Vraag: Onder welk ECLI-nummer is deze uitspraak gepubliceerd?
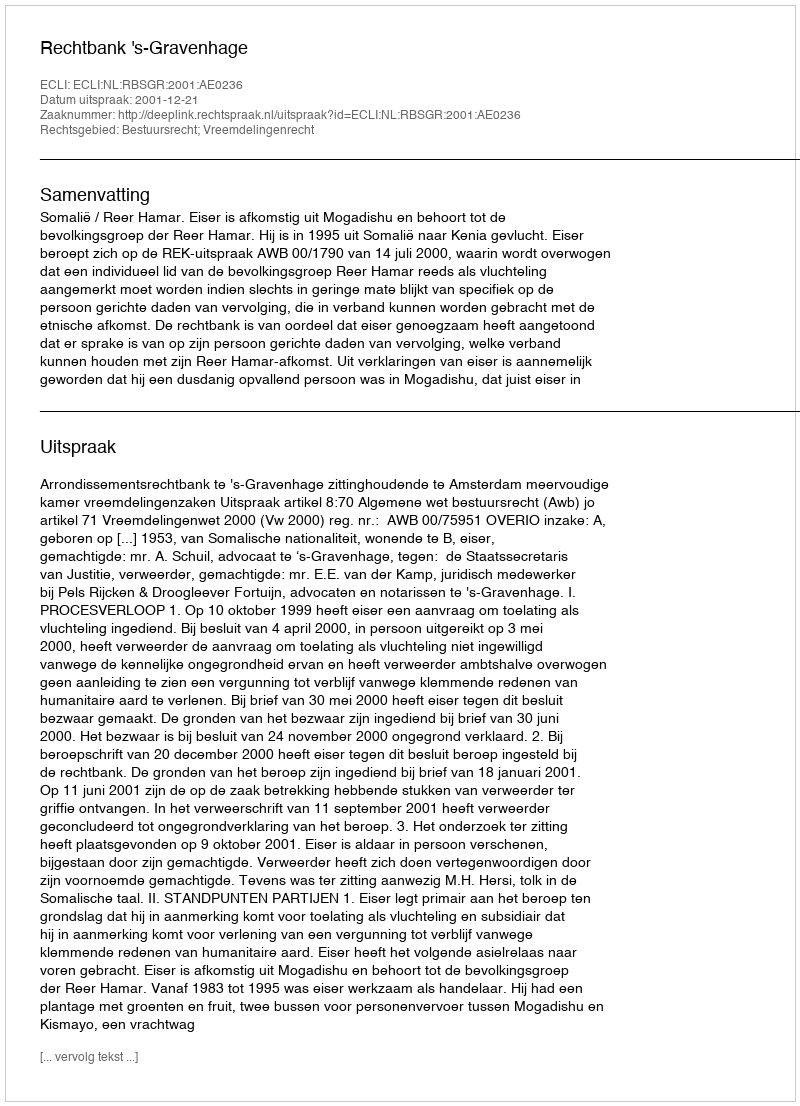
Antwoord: ECLI:NL:RBSGR:2001:AE0236